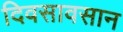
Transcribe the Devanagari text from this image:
दिवसावसान